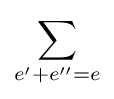
\sum _{e'+e''=e}